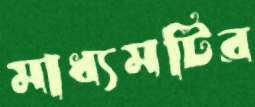
মাধ্যমটির